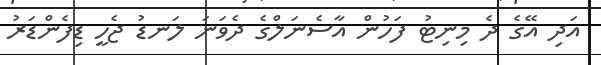
އަދި އޭގެ ދެ މިނިޓު ފަހުން އާސެނަލްގެ ދެވަނަ ލަނޑު ޖެހީ ޑިފެންޑަރު